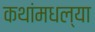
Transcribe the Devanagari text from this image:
कथांमधल्या